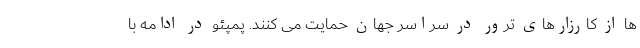
ها از کارزارهای ترور در سراسر جهان حمایت می کنند. پمپئو در ادامه با